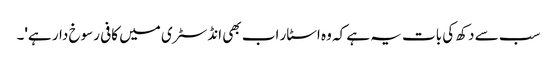
سب سے دکھ کی بات یہ ہے کہ وہ اسٹار اب بھی انڈسٹری میں کافی رسوخ دار ہے'۔